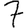
Digit: 7